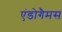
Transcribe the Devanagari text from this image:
एंडोगैमस